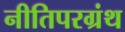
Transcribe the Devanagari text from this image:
नीतिपरग्रंथ